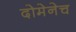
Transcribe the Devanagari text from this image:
दोमेनेच